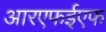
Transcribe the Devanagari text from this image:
आरएफईएफ